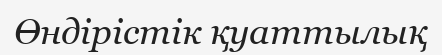
Өндірістік қуаттылық